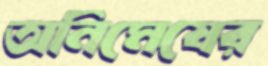
অনিমেষের